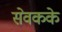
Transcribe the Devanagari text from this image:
सेवकके